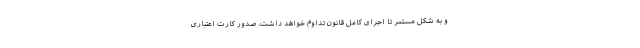
و به شکل مستمر تا اجرای کامل قانون تداوم خواهد داشت. صدور کارت اعتباری